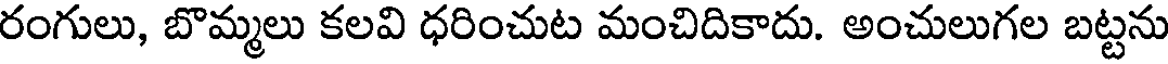
రంగులు, బొమ్మలు కలవి ధరించుట మంచిదికాదు. అంచులుగల బట్టను